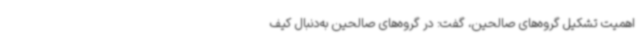
اهمیت تشکیل گروه‌های صالحین، گفت: در گروه‌های صالحین به‌دنبال کیف